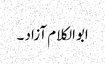
ابوالکلام آزاد ۔